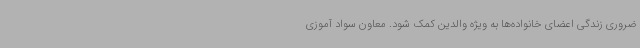
ضروری زندگی اعضای خانواده‌ها به‌ ویژه والدین کمک شود. معاون سواد آموزی